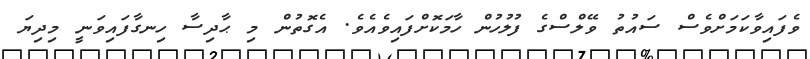
ވެފައިވާކަމަށްވެސް ސައުތު ވޭލްސްގެ ފުލުހުން ހާމަކޮށްފައިވެއެވެ. އެގޮތުން މި ޙާދިސާ ހިނގާފައިވަނީ މިދިޔަ